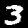
Digit: 3